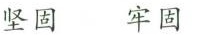
坚固 牢固